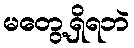
မတွေ့ရှိရဘဲ